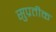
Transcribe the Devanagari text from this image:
सुप्रतीक